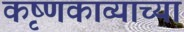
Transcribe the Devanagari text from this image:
कृष्णकाव्याच्या